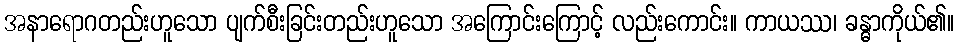
အနာရောဂတည်းဟူသော ပျက်စီးခြင်းတည်းဟူသော အကြောင်းကြောင့် လည်းကောင်း။ ကာယဿ၊ ခန္ဓာကိုယ်၏။